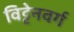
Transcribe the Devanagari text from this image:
विट्टेनवर्ग